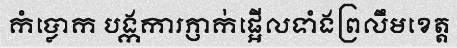
កំប្លោក បង្កការភ្ញាក់ផ្អើលទាំងព្រលឹមខេត្ត